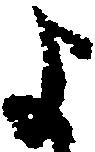
よ